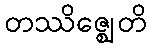
တဿိဇ္ဈေတိ